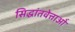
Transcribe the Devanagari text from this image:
सिद्धांतवेत्ताओं